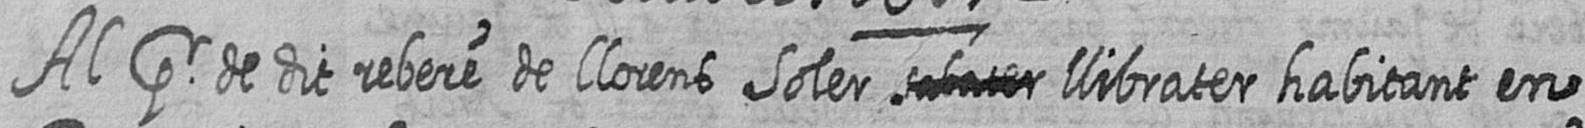
Al pr de dit rebere de Llorens Soler # llibrater habitant en